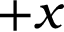
+ x